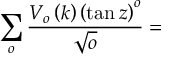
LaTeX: \sum _ { o } \frac { V _ { o } \left( k \right) \left( \tan z \right) ^ { o } } { \sqrt { o } } =